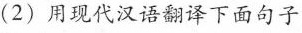
(2)用现代汉语翻译下面句子